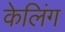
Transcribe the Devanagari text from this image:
केलिंग